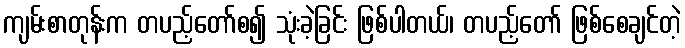
ကျမ်းစာတုန်းက တပည့်တော်စ၍ သုံးခဲ့ခြင်း ဖြစ်ပါတယ်၊ တပည့်တော် ဖြစ်စေချင်တဲ့